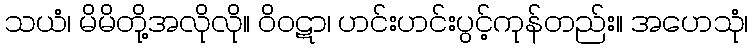
သယံ၊ မိမိတို့အလိုလို။ ဝိဝဋာ၊ ဟင်းဟင်းပွင့်ကုန်တည်း။ အဟေသုံ၊